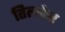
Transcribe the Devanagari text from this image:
तिलकेर